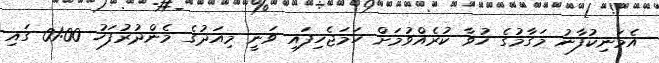
އެމަނިކުފާނު މަގާމުގެ ހުވާ ކުރެއްވުމަށް ހަމަޖެހިފައި ވަނީ މިއަދުގެ މެންދުރުފަހު 01:00 ގައި